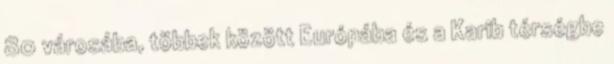
80 városába, többek között Európába és a Karib térségbe